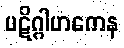
ပဋိဂ္ဂါဟကေန